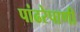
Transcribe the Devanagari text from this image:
पांढरेपाणी